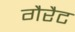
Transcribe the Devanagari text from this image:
गैरैट